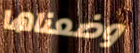
وضعناها